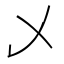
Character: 乄